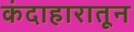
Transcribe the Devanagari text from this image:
कंदाहारातून